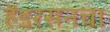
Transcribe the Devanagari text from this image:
हेंडरसनचा